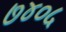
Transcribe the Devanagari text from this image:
७४०५